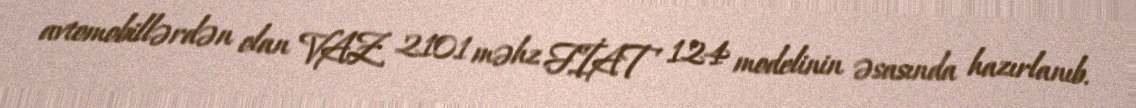
avtomobillərdən olan VAZ 2101 məhz FİAT 124 modelinin əsasında hazırlanıb.